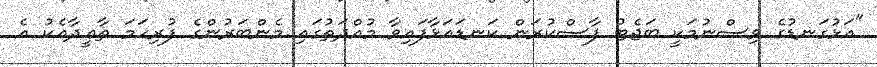
"އަޅުގަނޑުގެ ވިސްނުމަކީ ބަޖެޓު ފާސްކުރަން ކަނޑައަޅާފައިވާ މުއްދަތުގައި މެންބަރުންގެ ފުރިހަމަ ތާޢީދާއެކު އެ